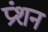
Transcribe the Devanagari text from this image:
प्रंशन